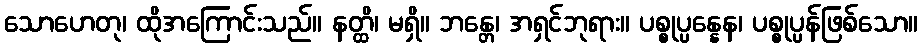
သောဟေတု၊ ထိုအကြောင်းသည်။ နတ္ထိ၊ မရှိ။ ဘန္တေ၊ အရှင်ဘုရား။ ပစ္စုပ္ပန္နေန၊ ပစ္စုပ္ပန်ဖြစ်သော။